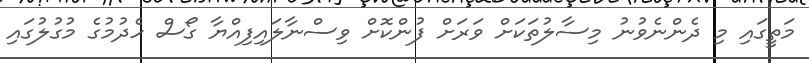
މަތީގައި މި ދެންނެވުނު މިސާލުތަކަށް ވަރަށް ފުންކޮށް ވިސްނާލައިފިއްޔާ ގޯސް ހެދުމުގެ މުގުލުގައި